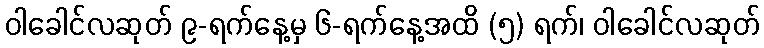
ဝါခေါင်လဆုတ် ၉-ရက်နေ့မှ ၆-ရက်နေ့အထိ (၅) ရက်၊ ဝါခေါင်လဆုတ်